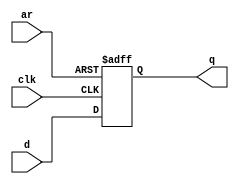
module top_module (
    input clk,
    input d, 
    input ar,   // asynchronous reset
    output reg q);

    always @(posedge clk, posedge ar)
        if(ar)
            q <= 'b0;
        else
            q <= d;
        
endmodule